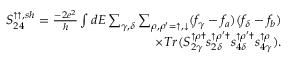
\begin{array} { r } { { S _ { 2 4 } ^ { \uparrow \uparrow , s h } = \frac { - 2 e ^ { 2 } } { h } \int d E \sum _ { \gamma , \delta } \sum _ { \rho , \rho ^ { \prime } = \uparrow , \downarrow } ( f _ { \gamma } - f _ { a } ) ( f _ { \delta } - f _ { b } ) } } \\ { { \times T r ( S _ { 2 \gamma } ^ { \uparrow \rho \dagger } s _ { 2 \delta } ^ { \uparrow \rho ^ { \prime } \dagger } s _ { 4 \delta } ^ { \uparrow \rho ^ { \prime } \dagger } s _ { 4 \gamma } ^ { \uparrow \rho } ) } . } \end{array}